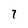
Character: 7